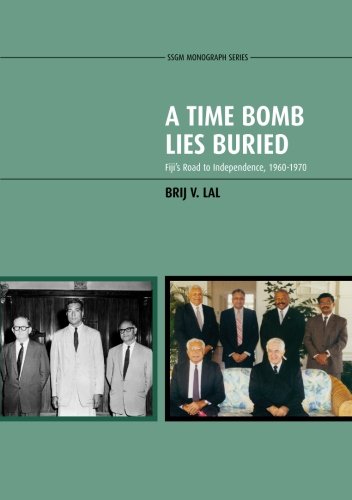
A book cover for A Time Bomb Lies Buried: Fiji's Road to Independence, 1960-1970; Brij V Lal; History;